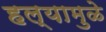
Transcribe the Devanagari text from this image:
हल्यामुळे